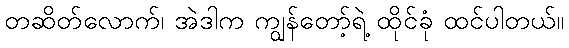
တဆိတ်လောက်၊ အဲဒါက ကျွန်တော့်ရဲ့ ထိုင်ခုံ ထင်ပါတယ်။